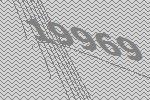
19969